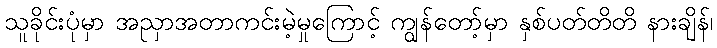
သူခိုင်းပုံမှာ အညှာအတာကင်းမဲ့မှုကြောင့် ကျွန်တော့်မှာ နှစ်ပတ်တိတိ နားချိန်၊